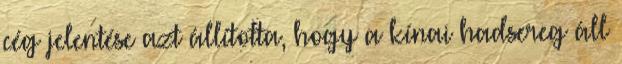
cég jelentése azt állította, hogy a kínai hadsereg áll